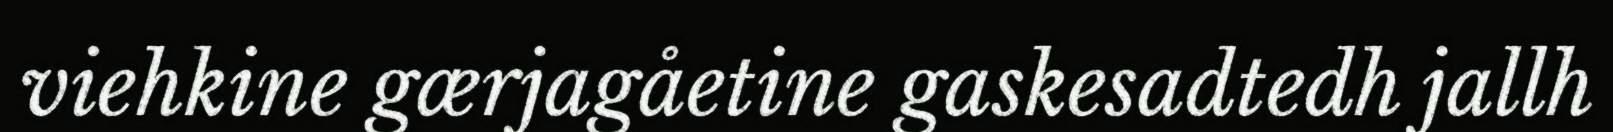
viehkine gærjagåetine gaskesadtedh jallh